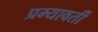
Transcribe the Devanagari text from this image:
प्रम्यावर्ती